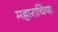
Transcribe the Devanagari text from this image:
महाराचिया